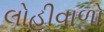
લોહીવાળો